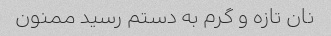
نان تازه و گرم به دستم رسید ممنون